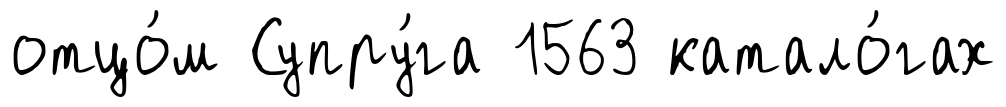
отцо́м Супру́га 1563 катало́гах